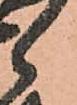
郎